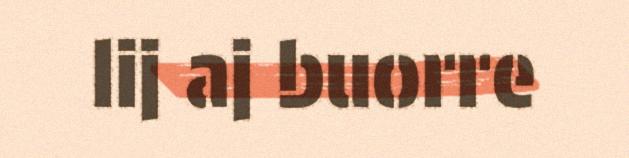
lij aj buorre